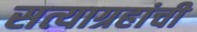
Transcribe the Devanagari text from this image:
सत्याग्रहांची